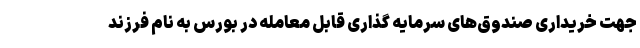
جهت خریداری صندوق‌های سرمایه گذاری قابل معامله در بورس به نام فرزند